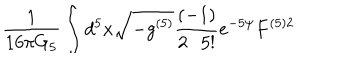
LaTeX: \frac { 1 } { 1 6 \pi G _ { 5 } } \int d ^ { 5 } x \sqrt { - g ^ { ( 5 ) } } \frac { ( - 1 ) } { 2 \cdot 5 ! } e ^ { - 5 \psi } F ^ { ( 5 ) 2 }